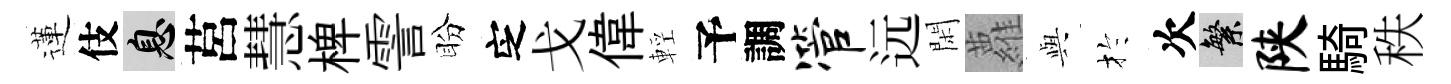
蓮伎息莒慧椑霅盼㝎戈偉輕予調管远閑蘿𫤰扵次繁陕騎秩